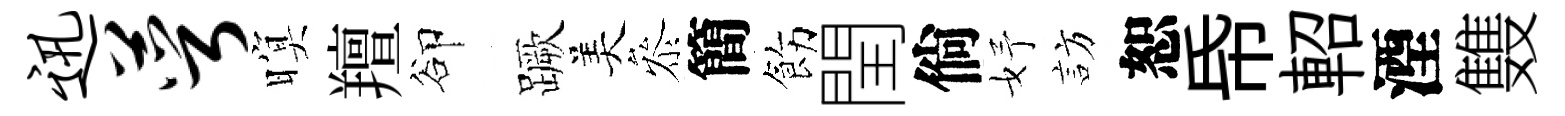
迅萼暝羶卻蹶美叅簡飭閏倘妤訪恕帋軺湮䨇